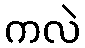
ကလဲ